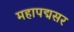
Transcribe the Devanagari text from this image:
महापद्मसर